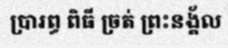
ប្រារព្ធ ពិធី ច្រត់ ព្រះនង្គ័ល